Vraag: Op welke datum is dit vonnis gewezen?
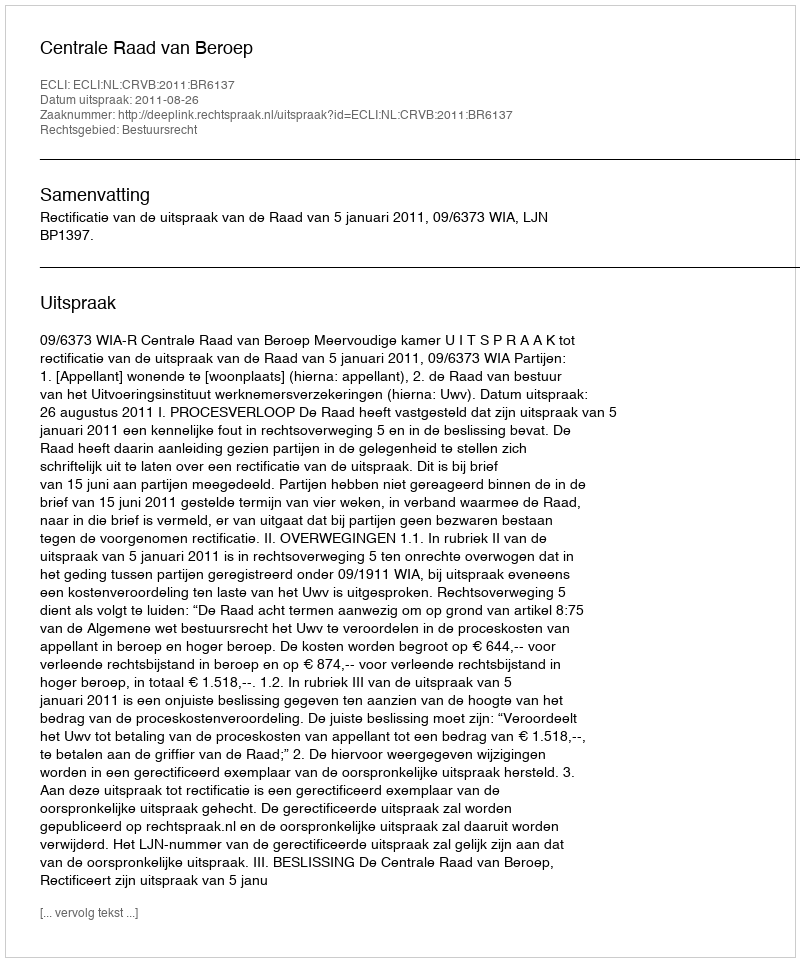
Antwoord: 2011-08-26